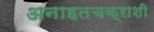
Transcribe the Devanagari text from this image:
अनाहतचक्राशी